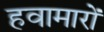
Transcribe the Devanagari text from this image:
हवामारों